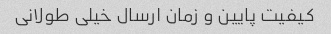
کیفیت پایین و زمان ارسال خیلی طولانی